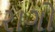
રાગો